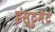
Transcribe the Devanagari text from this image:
इंस्टुमेंट